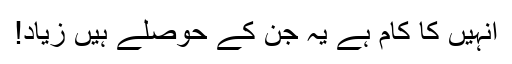
انہیں کا کام ہے یہ جن کے حوصلے ہیں زیاد!